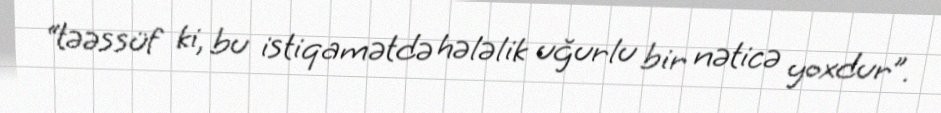
“təəssüf ki, bu istiqamətdə hələlik uğurlu bir nəticə yoxdur”.